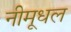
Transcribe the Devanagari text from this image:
नीमूधल